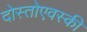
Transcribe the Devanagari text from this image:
दोस्तोएवस्की